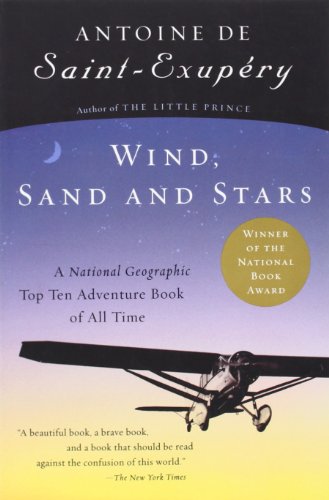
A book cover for Wind, Sand and Stars (Harvest Book); Antoine de Saint-Exupery; Literature & Fiction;